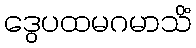
ဒွေပထမဂမာသိံ